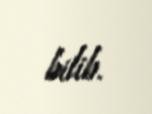
bilib.